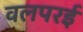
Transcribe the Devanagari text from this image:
वलपरई